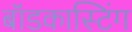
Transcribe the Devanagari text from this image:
बॉडकास्टिंग